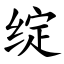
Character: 绽